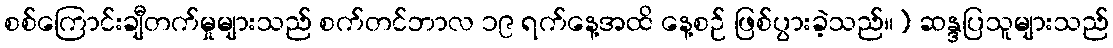
စစ်ကြောင်းချီတက်မှုများသည် စက်တင်ဘာလ ၁၉ ရက်နေ့အထိ နေ့စဉ် ဖြစ်ပွားခဲ့သည်။) ဆန္ဒပြသူများသည်